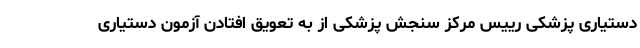
دستیاری پزشکی رییس مرکز سنجش پزشکی از به تعویق افتادن آزمون دستیاری